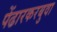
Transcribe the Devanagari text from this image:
पेंढारकरबुवा